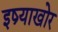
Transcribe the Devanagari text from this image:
इष्र्याखोर